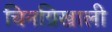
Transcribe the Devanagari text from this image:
चिनग्रिखाली